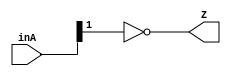
module F2(inA, Z
	);

	// Assigning ports as in/out
	input [1:0] inA;
	output Z;

	assign Z = ~inA[1];

endmodule